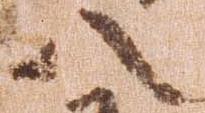
八